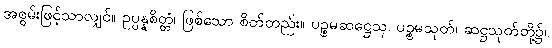
အစွမ်းဖြင့်သာလျှင်။ ဥပ္ပန္နစိတ္တံ၊ ဖြစ်သော စိတ်တည်း။ ပဉ္စမဆဋ္ဌေသု၊ ပဉ္စမသုတ်၊ ဆဋ္ဌသုတ်တို့၌။